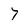
Character: 7